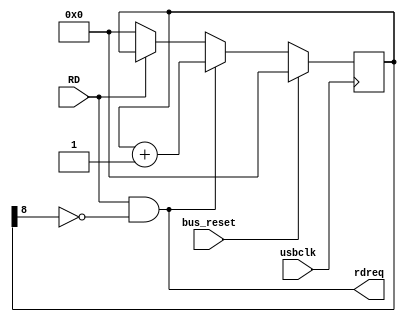
module usb_fifo_reader (
      input usbclk,
      input bus_reset, 
      input RD,
      output rdreq,
      );
      
    // FX2 Bug Fix
    reg [8:0] read_count;
    always @(negedge usbclk)
        if(bus_reset)
            read_count <= #1 9'd0;
        else if(RD & ~read_count[8])
            read_count <= #1 read_count + 9'd1;
        else
            read_count <= #1 RD ? read_count : 9'b0;
            
    assign rdreq = RD & ~read_count[8];
    
    
 
endmodule